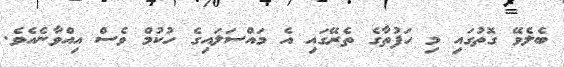
ބެލެވޭ ގޮތުގައި މި ހަފުތާގެ ތެރޭގައި އެ މައްސަލައިގެ ހުކުމް ވެސް އިއްވާނެއެވެ.